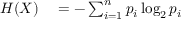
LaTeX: \begin{array} { r l } { H ( X ) } & { { } = - \sum _ { i = 1 } ^ { n } p _ { i } \log _ { 2 } p _ { i } } \end{array}